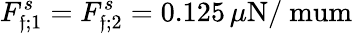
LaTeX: F_{\mathfrak{f};1}^{s}=F_{\mathfrak{f};2}^{s}=0.125\, \mu\mathrm{{N/\ mum}}